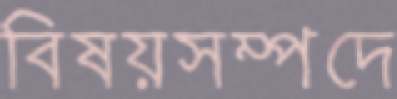
বিষয়সম্পদে